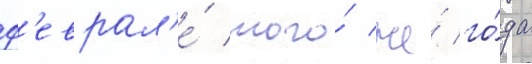
ф'еврал'е́ того́ же́ го́да